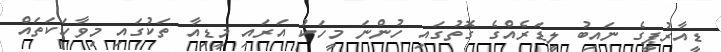
ޑީއާރުޕީގެ ނައިބު ލީޑަރެއްގެ ގޮތުގައި ހުންނަ މީހަކު އަރައި މީޑިއާ ތަކުގައި މިވާހަކަތައް